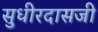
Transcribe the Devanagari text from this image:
सुधीरदासजी